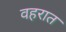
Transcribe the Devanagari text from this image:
वहरात